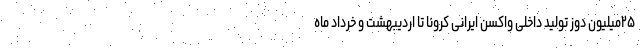
۲۵میلیون دوز تولید داخلی واکسن ایرانی کرونا تا اردیبهشت و خرداد ماه